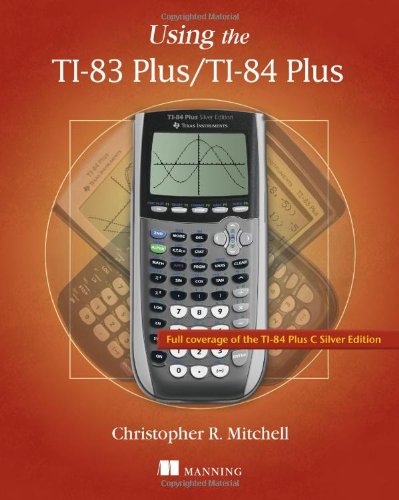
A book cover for Using the TI-83 Plus/TI-84 Plus; Christopher R. Mitchell; Children's Books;